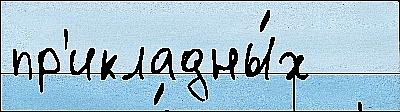
пр'икладны́х